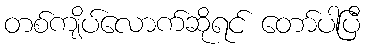
တစ်ကျိပ်လောက်ဆိုရင် တော်ပါပြီ